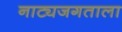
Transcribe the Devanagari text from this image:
नाट्यजगताला